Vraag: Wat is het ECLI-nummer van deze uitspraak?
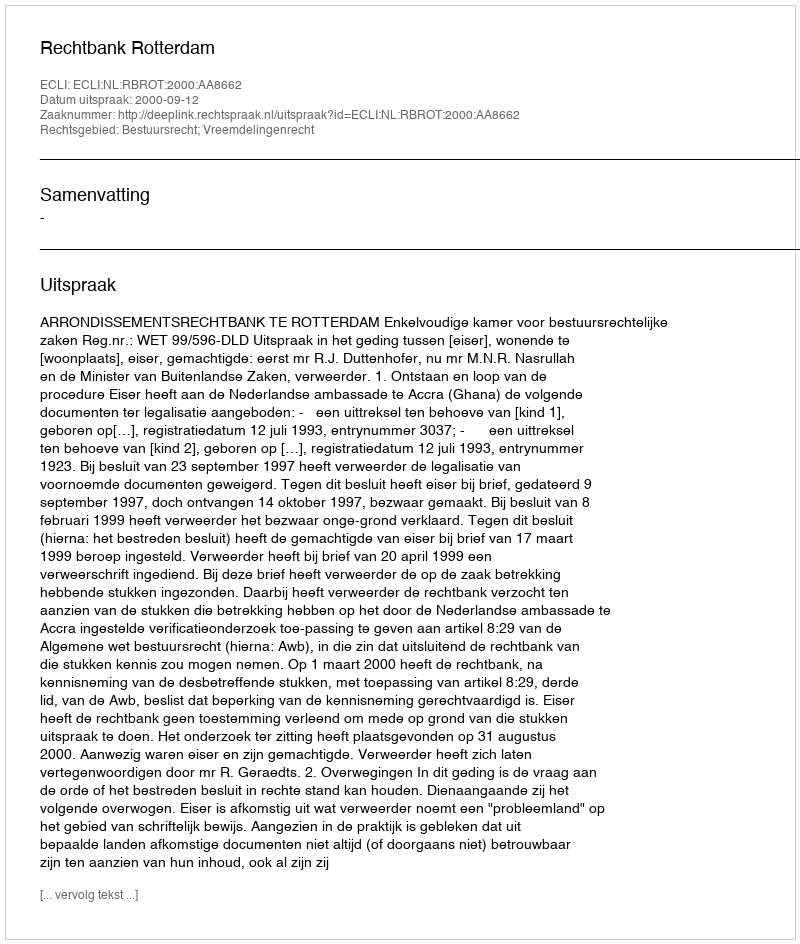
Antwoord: ECLI:NL:RBROT:2000:AA8662